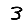
Digit: 3